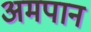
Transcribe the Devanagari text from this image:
अमपान